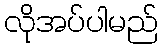
လိုအပ်ပါမည်